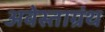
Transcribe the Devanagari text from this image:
अवेस्ताग्रंथ